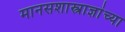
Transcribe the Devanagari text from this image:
मानसशास्त्राज्ञांच्या